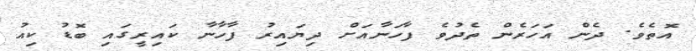
އޮތެވެ. ދެން އަހަރެން ތެދުވެ ފާހަނާއަށް ދިޔައިރު ފާހާނާ ކައިރީގައި ބޮޑު ކިއު